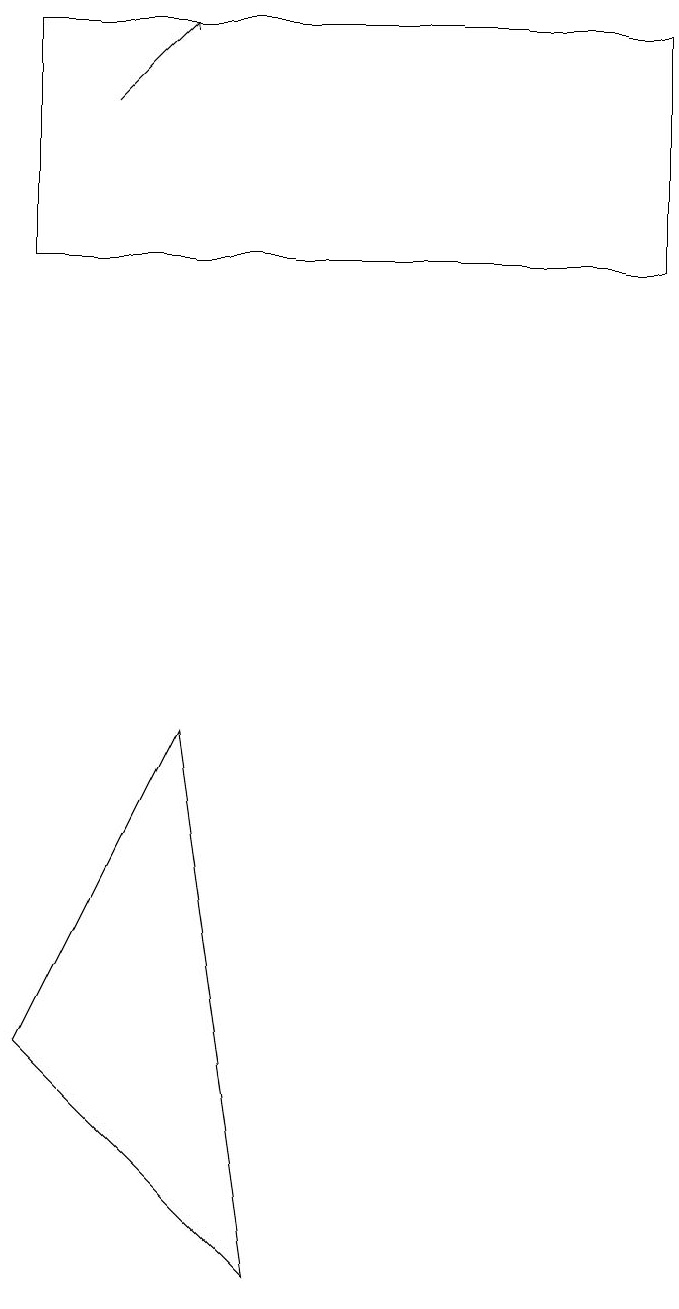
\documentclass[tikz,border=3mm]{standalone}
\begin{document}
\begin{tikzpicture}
\draw (9,14) rectangle (1,17);
\draw[->] (2,16) -- (3,17);
\draw (4,1) -- (1,4) -- (3,8) -- cycle;
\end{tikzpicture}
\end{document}